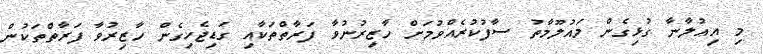
މި އިޢުލާނާ ގުޅިގެން މައުލޫމާތު ސާފުކުރެއްވުމަށް ހާޒިރުނުވާ ފަރާތްތަކާއި ގަޑިޖެހިގެން ހާޒިރުވާ ފަރާތްތަކުން